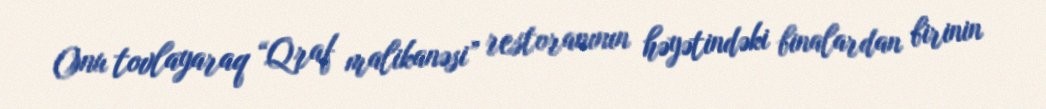
Onu tovlayaraq “Qraf malikanəsi” restoranının həyətindəki binalardan birinin